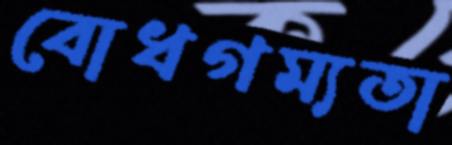
বোধগম্যতা